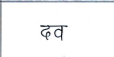
मजकूर: दव